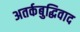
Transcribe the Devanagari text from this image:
अतर्कबुद्धिवाद